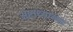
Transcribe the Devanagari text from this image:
अष्टाध्याय्याः